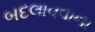
બદલાવવાના